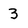
Character: 3